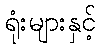
ရုံးများနှင့်